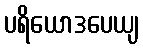
ပရိယောဒပေယျ